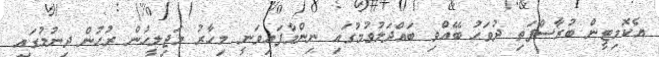
އެކޮމިޓީން ބުރާސްފަތި ދުވަހު ބޭއްވި ބައްދަލުވުމުގައި ނިންމާފައިވަނީ މިހާރު މަޖިލީހުން ރުހުން ދިނުމުގައި